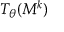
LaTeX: T _ { \theta } ( M ^ { k } )